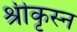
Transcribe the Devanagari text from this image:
श्रीकृस्‍न